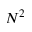
N ^ { 2 }